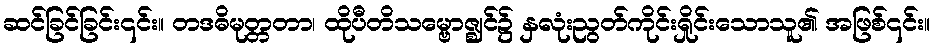
ဆင်ခြင်ခြင်း၎င်း။ တဒဓိမုတ္တတာ၊ ထိုပီတိသမ္ဗောဇ္ဈင်၌ နှလုံးညွတ်ကိုင်းရှိုင်းသောသူ၏ အဖြစ်၎င်း။